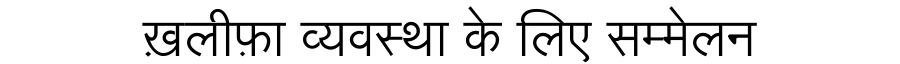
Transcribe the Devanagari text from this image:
ख़लीफ़ा व्यवस्था के लिए सम्मेलन